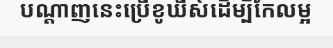
បណ្តាញនេះប្រើខូឃីស៍ដើម្បីកែលម្អ